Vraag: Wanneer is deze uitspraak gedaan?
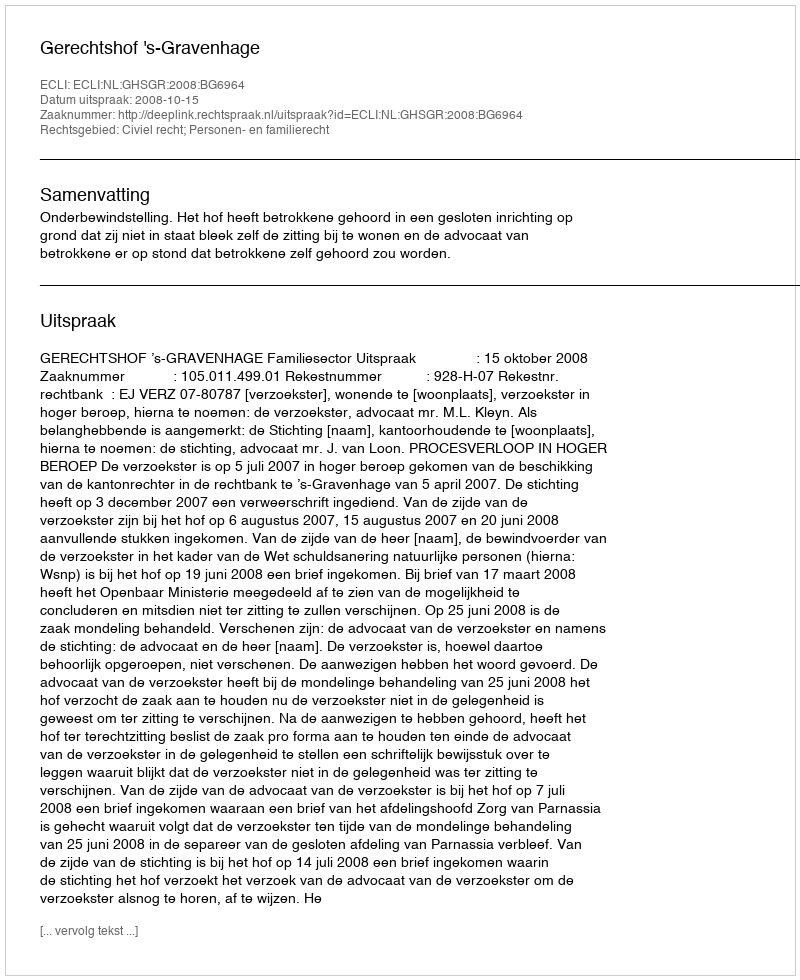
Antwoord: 2008-10-15